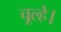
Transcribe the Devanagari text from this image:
चूल्हे।